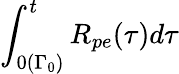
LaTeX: \int_{0(\Gamma_{0})}^{t}R_{pe}(\tau)d\tau